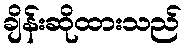
ချိန်းဆိုထားသည်